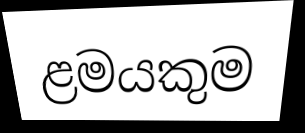
ළමයකුම